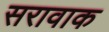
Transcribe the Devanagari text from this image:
सरावाक